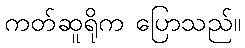
ကတ်ဆူရိုက ပြောသည်။